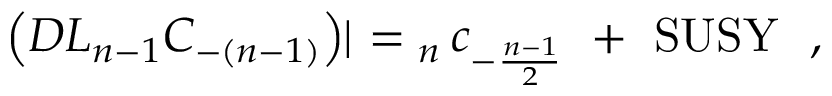
\left( D { \cal L } _ { n - 1 } C _ { - ( n - 1 ) } \right) \! \! \mid \ = \L _ { n } \, c _ { - \frac { n - 1 } { 2 } } \ + \ \mathrm { S U S Y } \ \ ,